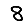
Digit: 8